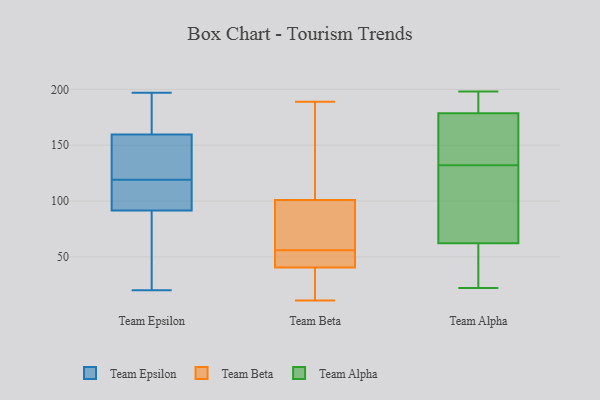
{"axis": {"x": "LTV (USD)", "y": "Value"}, "legend": ["Team Alpha", "Team Beta", "Team Epsilon"], "data": [{"x": "", "y": 27, "type": "Team Epsilon"}, {"x": "", "y": 161, "type": "Team Epsilon"}, {"x": "", "y": 119, "type": "Team Epsilon"}, {"x": "", "y": 155, "type": "Team Epsilon"}, {"x": "", "y": 166, "type": "Team Epsilon"}, {"x": "", "y": 155, "type": "Team Epsilon"}, {"x": "", "y": 104, "type": "Team Epsilon"}, {"x": "", "y": 177, "type": "Team Epsilon"}, {"x": "", "y": 20, "type": "Team Epsilon"}, {"x": "", "y": 88, "type": "Team Epsilon"}, {"x": "", "y": 134, "type": "Team Epsilon"}, {"x": "", "y": 116, "type": "Team Epsilon"}, {"x": "", "y": 102, "type": "Team Epsilon"}, {"x": "", "y": 197, "type": "Team Epsilon"}, {"x": "", "y": 59, "type": "Team Epsilon"}, {"x": "", "y": 47, "type": "Team Beta"}, {"x": "", "y": 84, "type": "Team Beta"}, {"x": "", "y": 101, "type": "Team Beta"}, {"x": "", "y": 58, "type": "Team Beta"}, {"x": "", "y": 49, "type": "Team Beta"}, {"x": "", "y": 41, "type": "Team Beta"}, {"x": "", "y": 36, "type": "Team Beta"}, {"x": "", "y": 101, "type": "Team Beta"}, {"x": "", "y": 39, "type": "Team Beta"}, {"x": "", "y": 107, "type": "Team Beta"}, {"x": "", "y": 75, "type": "Team Beta"}, {"x": "", "y": 56, "type": "Team Beta"}, {"x": "", "y": 22, "type": "Team Beta"}, {"x": "", "y": 111, "type": "Team Beta"}, {"x": "", "y": 43, "type": "Team Beta"}, {"x": "", "y": 189, "type": "Team Beta"}, {"x": "", "y": 11, "type": "Team Beta"}, {"x": "", "y": 174, "type": "Team Alpha"}, {"x": "", "y": 52, "type": "Team Alpha"}, {"x": "", "y": 137, "type": "Team Alpha"}, {"x": "", "y": 129, "type": "Team Alpha"}, {"x": "", "y": 145, "type": "Team Alpha"}, {"x": "", "y": 63, "type": "Team Alpha"}, {"x": "", "y": 183, "type": "Team Alpha"}, {"x": "", "y": 198, "type": "Team Alpha"}, {"x": "", "y": 117, "type": "Team Alpha"}, {"x": "", "y": 43, "type": "Team Alpha"}, {"x": "", "y": 188, "type": "Team Alpha"}, {"x": "", "y": 63, "type": "Team Alpha"}, {"x": "", "y": 185, "type": "Team Alpha"}, {"x": "", "y": 22, "type": "Team Alpha"}, {"x": "", "y": 62, "type": "Team Alpha"}, {"x": "", "y": 170, "type": "Team Alpha"}, {"x": "", "y": 180, "type": "Team Alpha"}, {"x": "", "y": 132, "type": "Team Alpha"}, {"x": "", "y": 25, "type": "Team Alpha"}]}